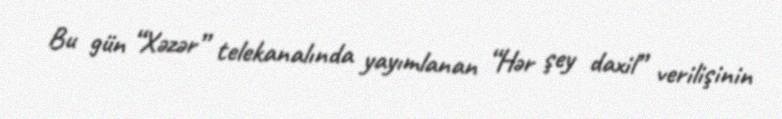
Bu gün “Xəzər” telekanalında yayımlanan “Hər şey daxil” verilişinin